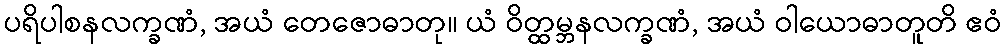
ပရိပါစနလက္ခဏံ, အယံ တေဇောဓာတု။ ယံ ဝိတ္ထမ္ဘနလက္ခဏံ, အယံ ဝါယောဓာတူတိ ဧဝံ